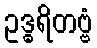
ဥဒ္ဓရိတဗ္ဗံ